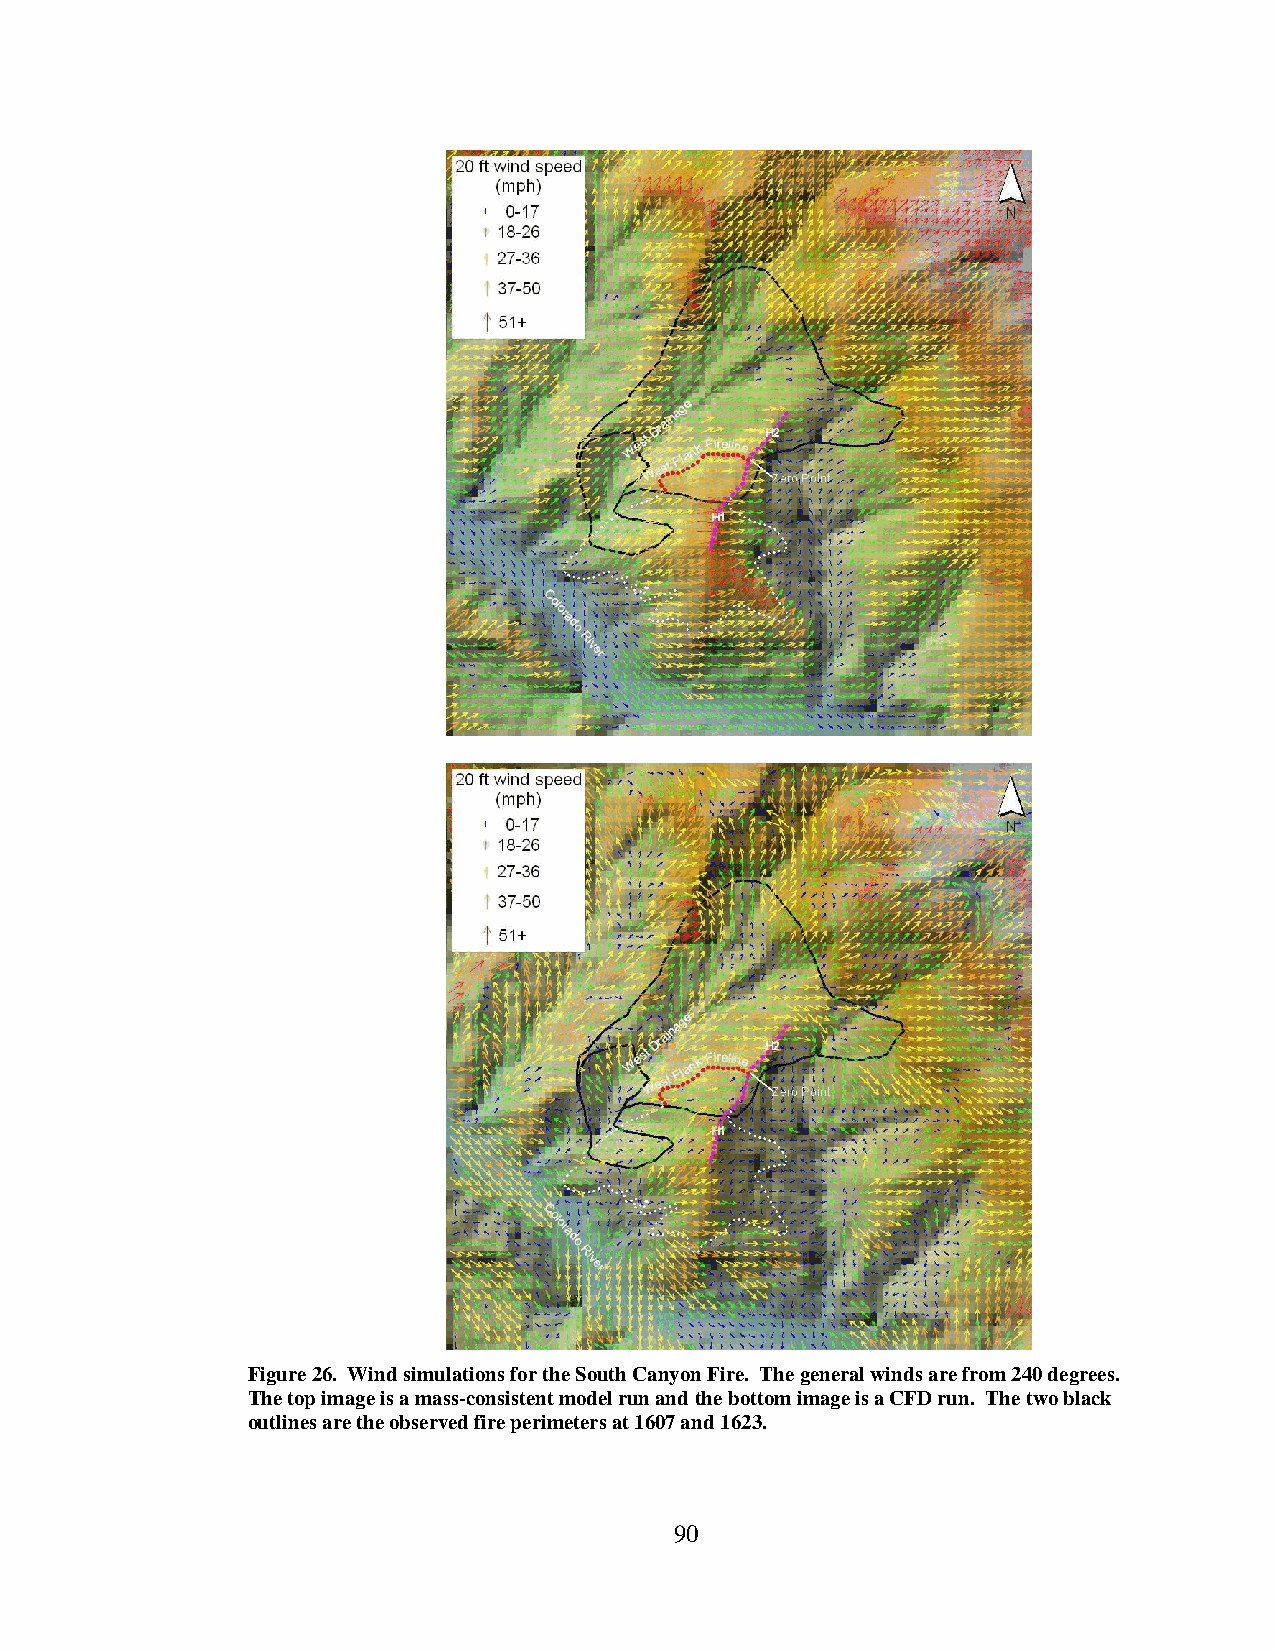
Figure 26. Wind simulations for the South Canyon Fire. The general winds are from 240 degrees.
 The top image is a mass-consistent model run and the bottom image is a CFD run. The two black
 outlines are the observed fire perimeters at 1607 and 1623.
 90